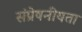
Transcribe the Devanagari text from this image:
संप्रेषनीयता